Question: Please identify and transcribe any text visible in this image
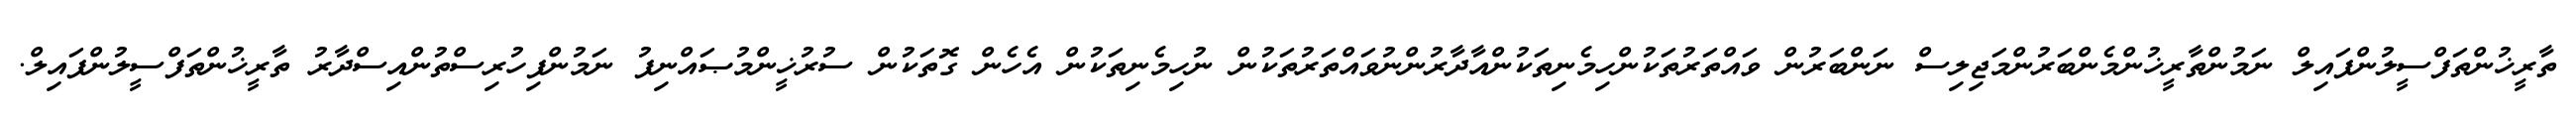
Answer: ތާރީޚުންތަފްސީލުންފައިލް ނަމުންތާރީޚުންމެންބަރުންމަޖިލިސް ނަންބަރުން ވައްތަރުތަކުންހިމެނިތަކުންއާދާރުންނުވައްތަރުތަކުން ނުހިމެނިތަކުން އެހެން ގޮތަކުން ސުރުޚީންމުޞައްނިފު ނަމުންފިހުރިސްތުންއިސްދާރު ތާރީޚުންތަފްސީލުންފައިލް.